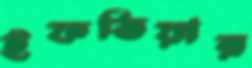
ইফতিয়ার